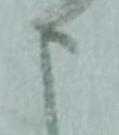
申